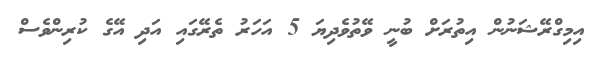
އިމިގްރޭޝަނުން އިތުރަށް ބުނީ ވޭތުވެދިޔަ 5 އަހަރު ތެރޭގައި އަދި އޭގެ ކުރިންވެސް